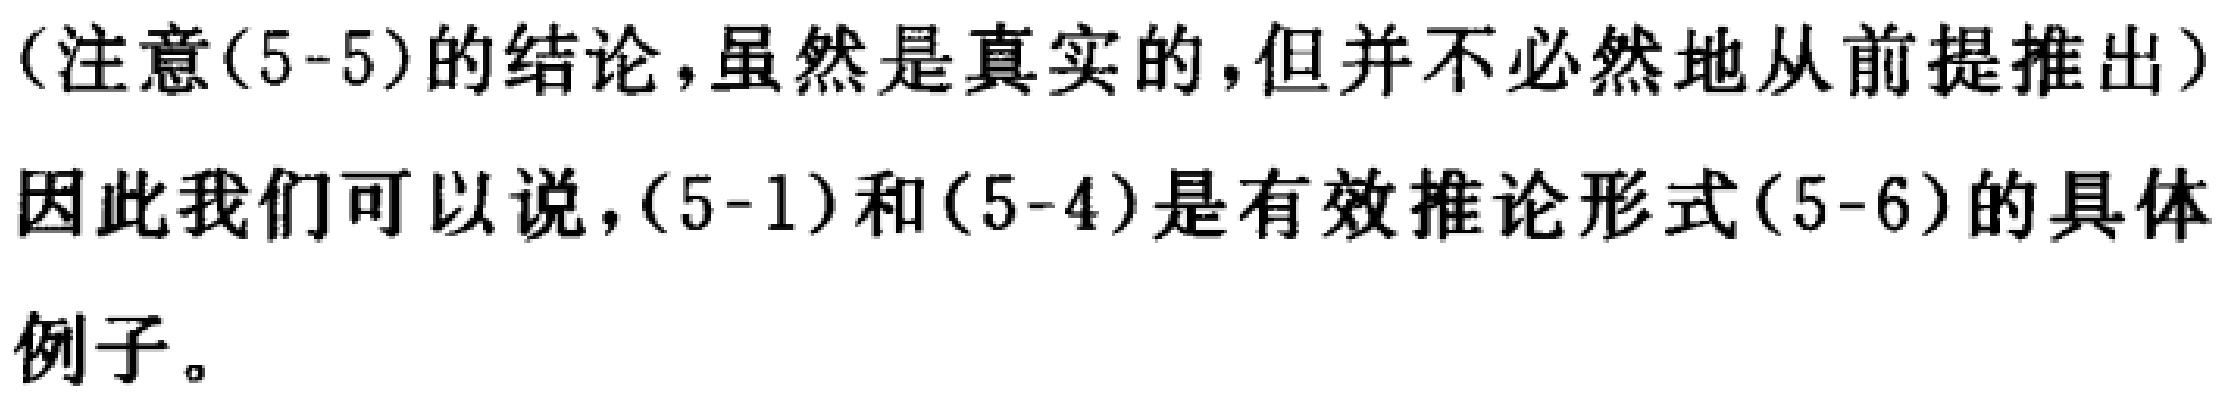
（注意(5-5)的结论，虽然是真实的，但并不必然地从前提推出）
因此我们可以说，(5-1)和(5-4)是有效推论形式(5-6)的具体
例子。